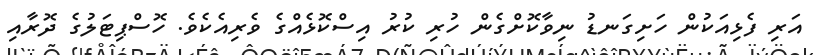
އަރި ފެޅިއަކުން ހަށިގަނޑު ނިވާކޮށްގެން ހުރި ކުރު އިސްކޮޅެއްގެ ވެރިއެކެވެ. ހޮސްޕިޓަލުގެ ދޮރާއި